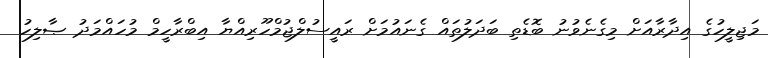
މަޖިލީހުގެ އިދާރާއަށް މިގެނެވުނު ބޮޑެތި ބަދަލުތައް ގެނައުމަށް ރައީސުލްޖުމްހޫރިއްޔާ އިބްރާހީމް މުހައްމަދު ޞާލިހު